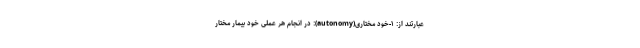
عبارتند از: ۱-خود مختاری(autonomy): در انجام هر عملی خود بیمار مختار